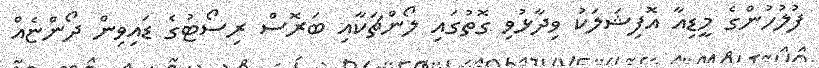
ފުލުހުންގެ މީޑިއާ އޮފިޝަލަކު ވިދާޅުވި ގޮތުގައި ލޯންޗަކާއި ބަރޮސް ރިސޯޓުގެ ޑައިވިން ދޯންޏެއް